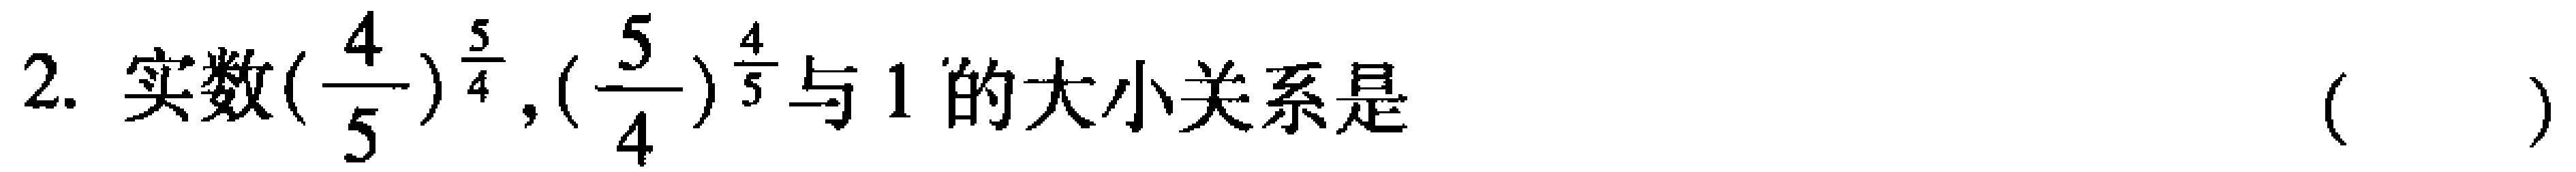
2. 实数$(\dfrac{4}{5})^{\frac{5}{4}},(\dfrac{5}{4})^{\frac{4}{5}}$与$1$的大小关系是 （  ）